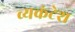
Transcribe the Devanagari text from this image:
व्यकंटेश